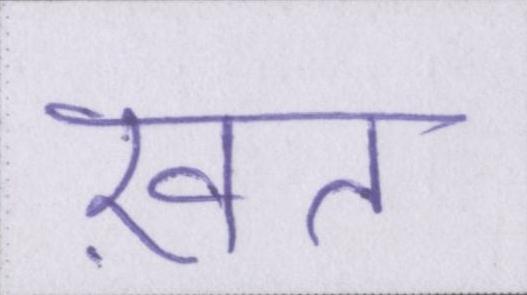
ख़त